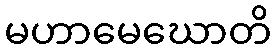
မဟာမေဃောတိ